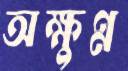
অক্ষুণ্ন